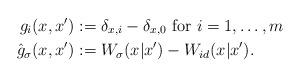
LaTeX: \begin{align*}g_i(x,x') &:= \delta_{x,i}-\delta_{x,0} \hbox{ for }i=1, \ldots,m \\\hat{g}_\sigma(x,x') &:= W_\sigma (x|x')- W_{id}(x|x').\end{align*}